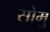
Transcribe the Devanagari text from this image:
सोमु